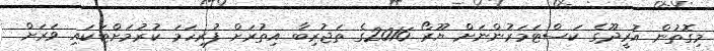
މިގޮތުން އުރީދޫގެ ކަސްޓަމަރުންނަށް ޔޫރޯ 2016ގެ ތަޖުރިބާ އިތުރަށް ފުރިހަމަ ކުރުމަށްޓަކައި ވަރަށް